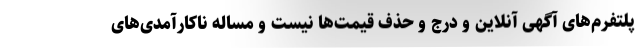
پلتفرم‌های آگهی آنلاین و درج و حذف قیمت‌ها نیست و مساله ناکارآمدی‌های